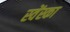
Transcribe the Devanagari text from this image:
स्वेंस्का